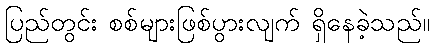
ပြည်တွင်း စစ်များဖြစ်ပွားလျက် ရှိနေခဲ့သည်။